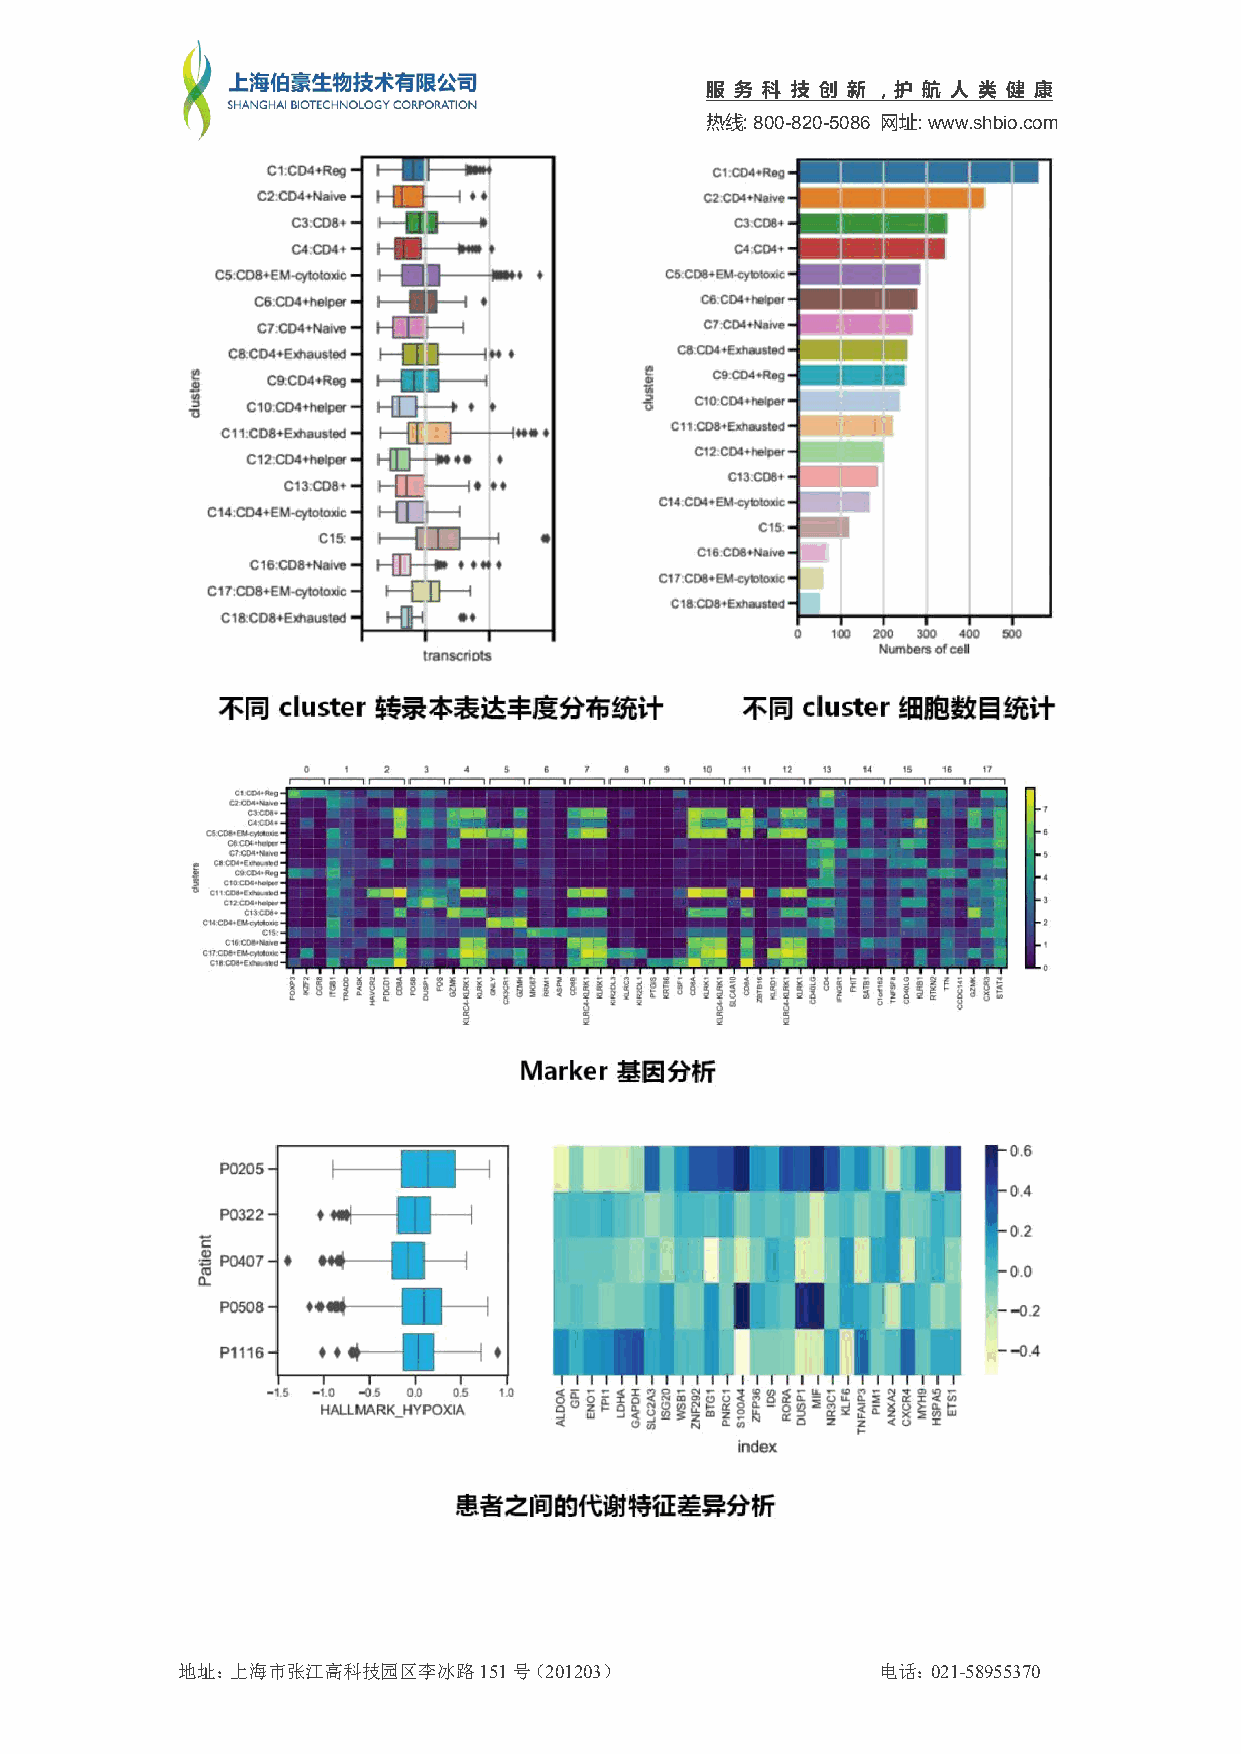
服 务 科 技 创 新 ，护 航 人 类 健 康
 热线:800-820-5086 网址:www.shbio.com
 地址：上海市张江高科技园区李冰路151号（201203）                  电话：021-58955370